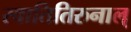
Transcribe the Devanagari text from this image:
स्वातितिरुनाल्